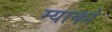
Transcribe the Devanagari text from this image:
म्याको